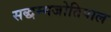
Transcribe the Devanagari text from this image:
सद्धम्मजोतिपाल